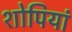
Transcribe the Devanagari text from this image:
शोपियां